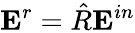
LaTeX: \textbf{E}^{r}=\hat{R}\textbf{E}^{in}